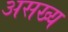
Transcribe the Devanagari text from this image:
असख्य